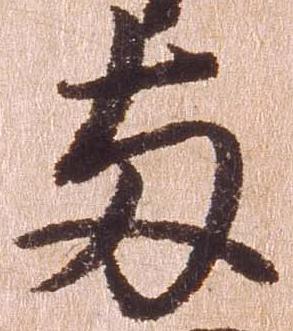
両